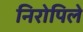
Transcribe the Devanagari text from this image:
निरोपिले